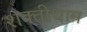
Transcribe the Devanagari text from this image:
शक्तीधाम